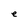
Character: e